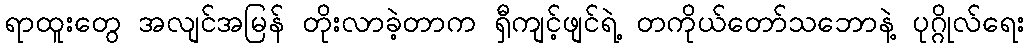
ရာထူးတွေ အလျင်အမြန် တိုးလာခဲ့တာက ရှီကျင့်ဖျင်ရဲ့ တကိုယ်တော်သဘောနဲ့ ပုဂ္ဂိုလ်ရေး